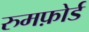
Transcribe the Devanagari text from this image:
रुमफ़ोर्ड